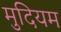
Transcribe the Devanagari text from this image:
मुदियम